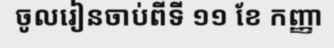
ចូលរៀនចាប់ពីទី ១១ ខែ កញ្ញា